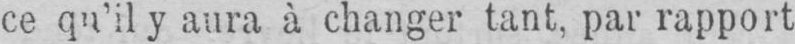
ce qu’il y aura à changer tant, par rapport